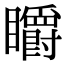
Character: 䂃